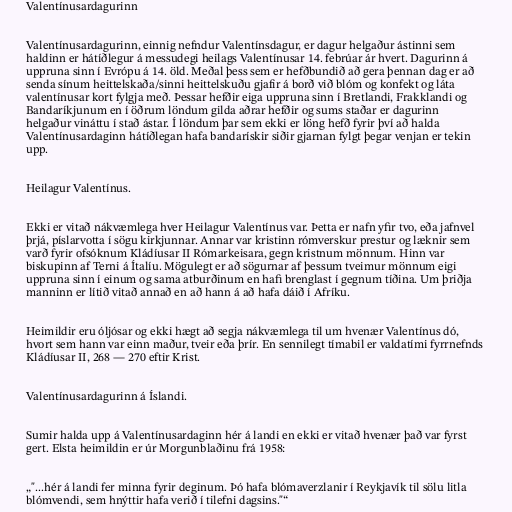
Valentínusardagurinn

Valentínusardagurinn, einnig nefndur Valentínsdagur, er dagur helgaður ástinni sem
haldinn er hátíðlegur á messudegi heilags Valentínusar 14. febrúar ár hvert. Dagurinn á
uppruna sinn í Evrópu á 14. öld. Meðal þess sem er hefðbundið að gera þennan dag er að
senda sínum heittelskaða/sinni heittelskuðu gjafir á borð við blóm og konfekt og láta
valentínusar kort fylgja með. Þessar hefðir eiga uppruna sinn í Bretlandi, Frakklandi og
Bandaríkjunum en í öðrum löndum gilda aðrar hefðir og sums staðar er dagurinn
helgaður vináttu í stað ástar. Í löndum þar sem ekki er löng hefð fyrir því að halda
Valentínusardaginn hátíðlegan hafa bandarískir siðir gjarnan fylgt þegar venjan er tekin
upp.

Heilagur Valentínus.

Ekki er vitað nákvæmlega hver Heilagur Valentínus var. Þetta er nafn yfir tvo, eða jafnvel
þrjá, píslarvotta í sögu kirkjunnar. Annar var kristinn rómverskur prestur og læknir sem
varð fyrir ofsóknum Kládíusar II Rómarkeisara, gegn kristnum mönnum. Hinn var
biskupinn af Terni á Ítalíu. Mögulegt er að sögurnar af þessum tveimur mönnum eigi
uppruna sinn í einum og sama atburðinum en hafi brenglast í gegnum tíðina. Um þriðja
manninn er lítið vitað annað en að hann á að hafa dáið í Afríku.

Heimildir eru óljósar og ekki hægt að segja nákvæmlega til um hvenær Valentínus dó,
hvort sem hann var einn maður, tveir eða þrír. En sennilegt tímabil er valdatími fyrrnefnds
Kládíusar II, 268 — 270 eftir Krist.

Valentínusardagurinn á Íslandi.

Sumir halda upp á Valentínusardaginn hér á landi en ekki er vitað hvenær það var fyrst
gert. Elsta heimildin er úr Morgunblaðinu frá 1958:

„"...hér á landi fer minna fyrir deginum. Þó hafa blómaverzlanir í Reykjavík til sölu litla
blómvendi, sem hnýttir hafa verið í tilefni dagsins."“